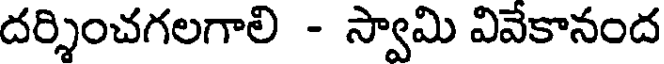
దర్శించగలగాలి - స్వామి వివేకానంద